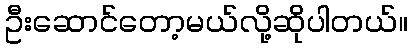
ဦးဆောင်တော့မယ်လို့ဆိုပါတယ်။